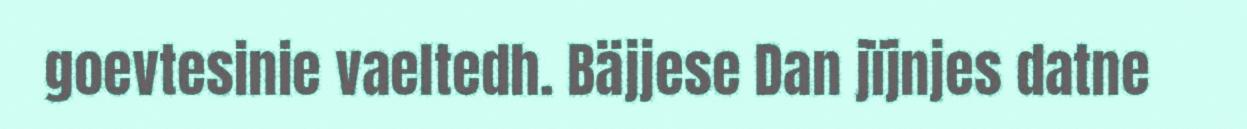
goevtesinie vaeltedh. Bäjjese Dan jïjnjes datne